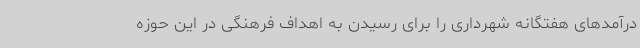
درآمدهای هفتگانه شهرداری را برای رسیدن به اهداف فرهنگی در این حوزه